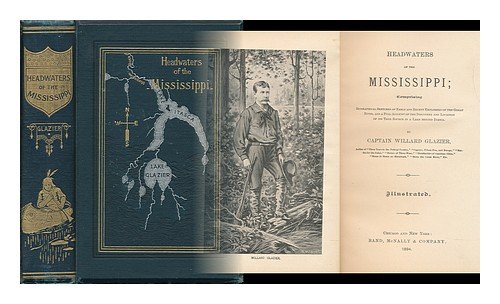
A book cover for Headwaters of the Mississippi: Comprising biographical sketches of early and recent explorers of the great river : and a full account of the discovery ... of its true source in a lake beyond Itasca; Willard W Glazier; Travel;